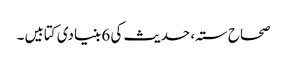
صحاح ستہ، حدیث کی 6 بنیادی کتابیں۔